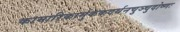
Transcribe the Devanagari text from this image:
कामारिकार्मुककदर्थनचुञ्चुदोष्णः